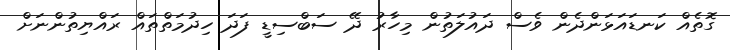
ގޮތެއް ކަނޑައަޅަންދެން ވެސް ދައުލަތުން މިހާރު ދޭ ސަބްސިޑީ ފަދަ ހިދުމަތްތައް ރައްޔިތުންނަށް